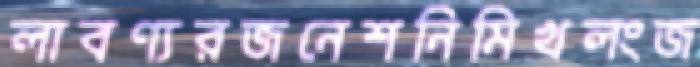
লাবণ্যরজনেশনিমিখলংজ